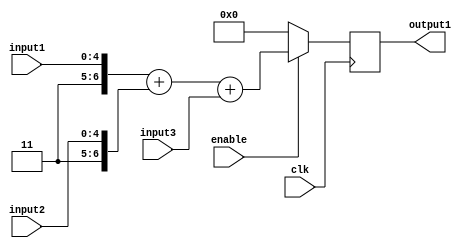
/*
	Author: Aniket Badhan
	Description: Addition stage 2
*/

`timescale 1ns / 1ps

module adderStage2(
    	input [4:0] input1,
    	input [4:0] input2,
	input [5:0] input3,
    	output reg [6:0] output1,
	input enable,
    	input clk
    );

	always @ (posedge clk) begin
		if(enable) begin
			output1 <= {2'b11, input1} + {2'b11, input2} + {1'b0, input3};
		end
		else begin
			output1 <= 0;	
		end
	end
	
endmodule